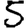
Digit: 5